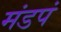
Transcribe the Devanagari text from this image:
मंडपं